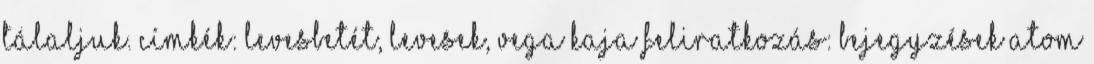
tálaljuk. Címkék: Levesbetét, Levesek, Vega kaja Feliratkozás: Bejegyzések Atom